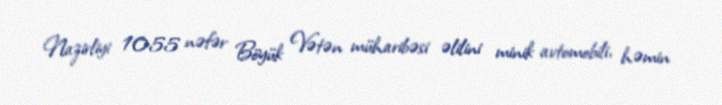
Nazirliyi 1055 nəfər Böyük Vətən müharibəsi əlilini minik avtomobili, həmin